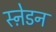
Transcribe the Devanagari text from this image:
स्ने़डन